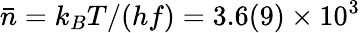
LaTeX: \bar{n}=k_{B}T/(hf)=3.6(9)\times 10^{3}